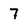
Character: 7